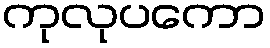
ကုလုပကော